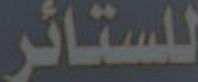
للستائر